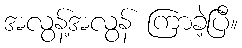
အလွန့်အလွန် ကြာခဲ့ပြီ။